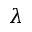
\lambda